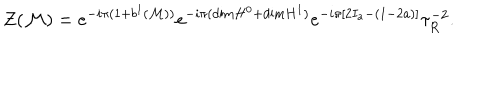
LaTeX: Z ( { \cal M } ) = e ^ { - i \pi ( 1 + b ^ { 1 } ( { \cal M } ) ) } e ^ { - i \pi ( \mathrm { d i m } H ^ { 0 } + \mathrm { d i m } H ^ { 1 } ) } e ^ { - i \pi [ 2 I _ { a } - ( 1 - 2 a ) ] } { \tau } _ { R } ^ { - 2 } .